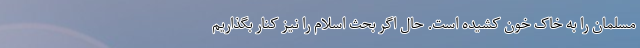
مسلمان را به خاک خون کشیده است. حال اگر بحث اسلام را نیز کنار بگذاریم